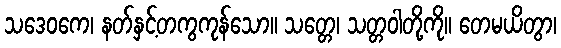
သဒေဝကေ၊ နတ်နှင့်တကွကုန်သော။ သတ္တေ၊ သတ္တဝါတို့ကို။ တေမယိတွာ၊